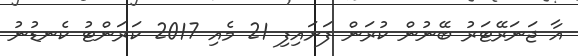
އާ ޖަނަރޭޓަރު ބޭނުން ކުރަން ފަށައިފި 21 މެއި 2017 ކަރަންޓު ކެނޑުނު